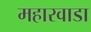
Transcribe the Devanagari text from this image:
महारवाडा